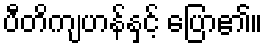
ပီတိကျဟန်နှင့် ပြော၏။